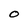
Character: O